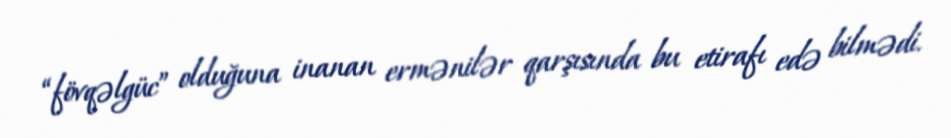
“fövqəlgüc” olduğuna inanan ermənilər qarşısında bu etirafı edə bilmədi.